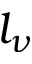
l _ { \nu }